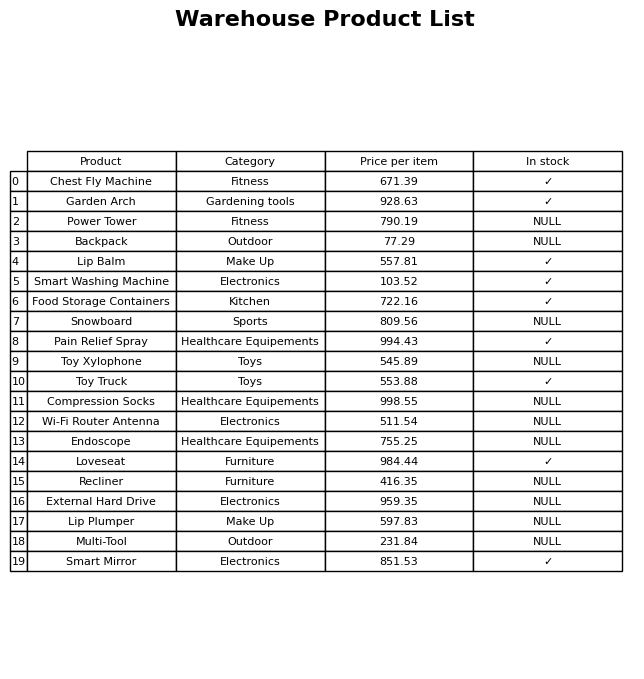
question: What is the price for Lip Balm?
answer: The price of Lip Balm is 557.81.